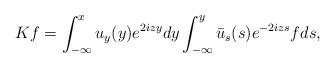
\begin{align*}Kf =\int_{-\infty}^x u_y(y) e^{2i z y}dy \int_{-\infty}^{y} \bar{u}_s(s) e^{-2i z s} f ds,\end{align*}